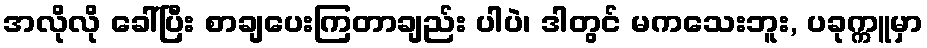
အလိုလို ခေါ်ပြီး စာချပေးကြတာချည်း ပါပဲ၊ ဒါတွင် မကသေးဘူး, ပခုက္ကူမှာ